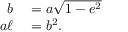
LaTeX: \begin{array} { r l } { b } & { { } = a { \sqrt { 1 - e ^ { 2 } } } \, \! } \\ { a \ell } & { { } = b ^ { 2 } . \, \! } \end{array}